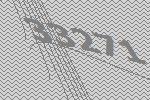
33271